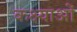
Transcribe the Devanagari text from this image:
कक्ष्याओं